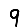
Digit: 9